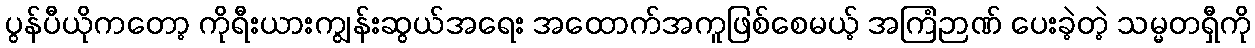
ပွန်ပီယိုကတော့ ကိုရီးယားကျွန်းဆွယ်အရေး အထောက်အကူဖြစ်စေမယ့် အကြံဉာဏ် ပေးခဲ့တဲ့ သမ္မတရှီကို